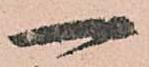
一